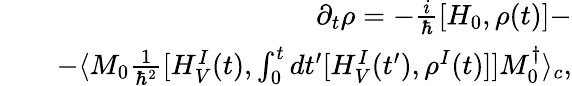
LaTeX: \begin{array}{rlr}&{}&{\partial_{t}\rho=-\frac{i}{\hbar}[H_{0},\rho(t)]-}\\ &{}&{-\langle M_{0}\frac{1}{\hbar^{2}}[H_{V}^{I}(t),\int_{0}^{t}dt^{\prime}[H_{V}^{I}(t^{\prime}),\rho^{I}(t)]]M_{0}^{\dagger}\rangle_{c},}\end{array}